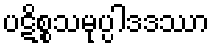
ပဋိစ္စသမုပ္ပါဒဒဿာ